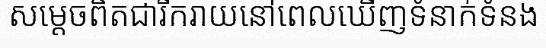
សម្តេចពិតជារីករាយនៅពេលឃើញទំនាក់ទំនង